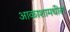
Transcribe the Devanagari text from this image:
आकाशामधील